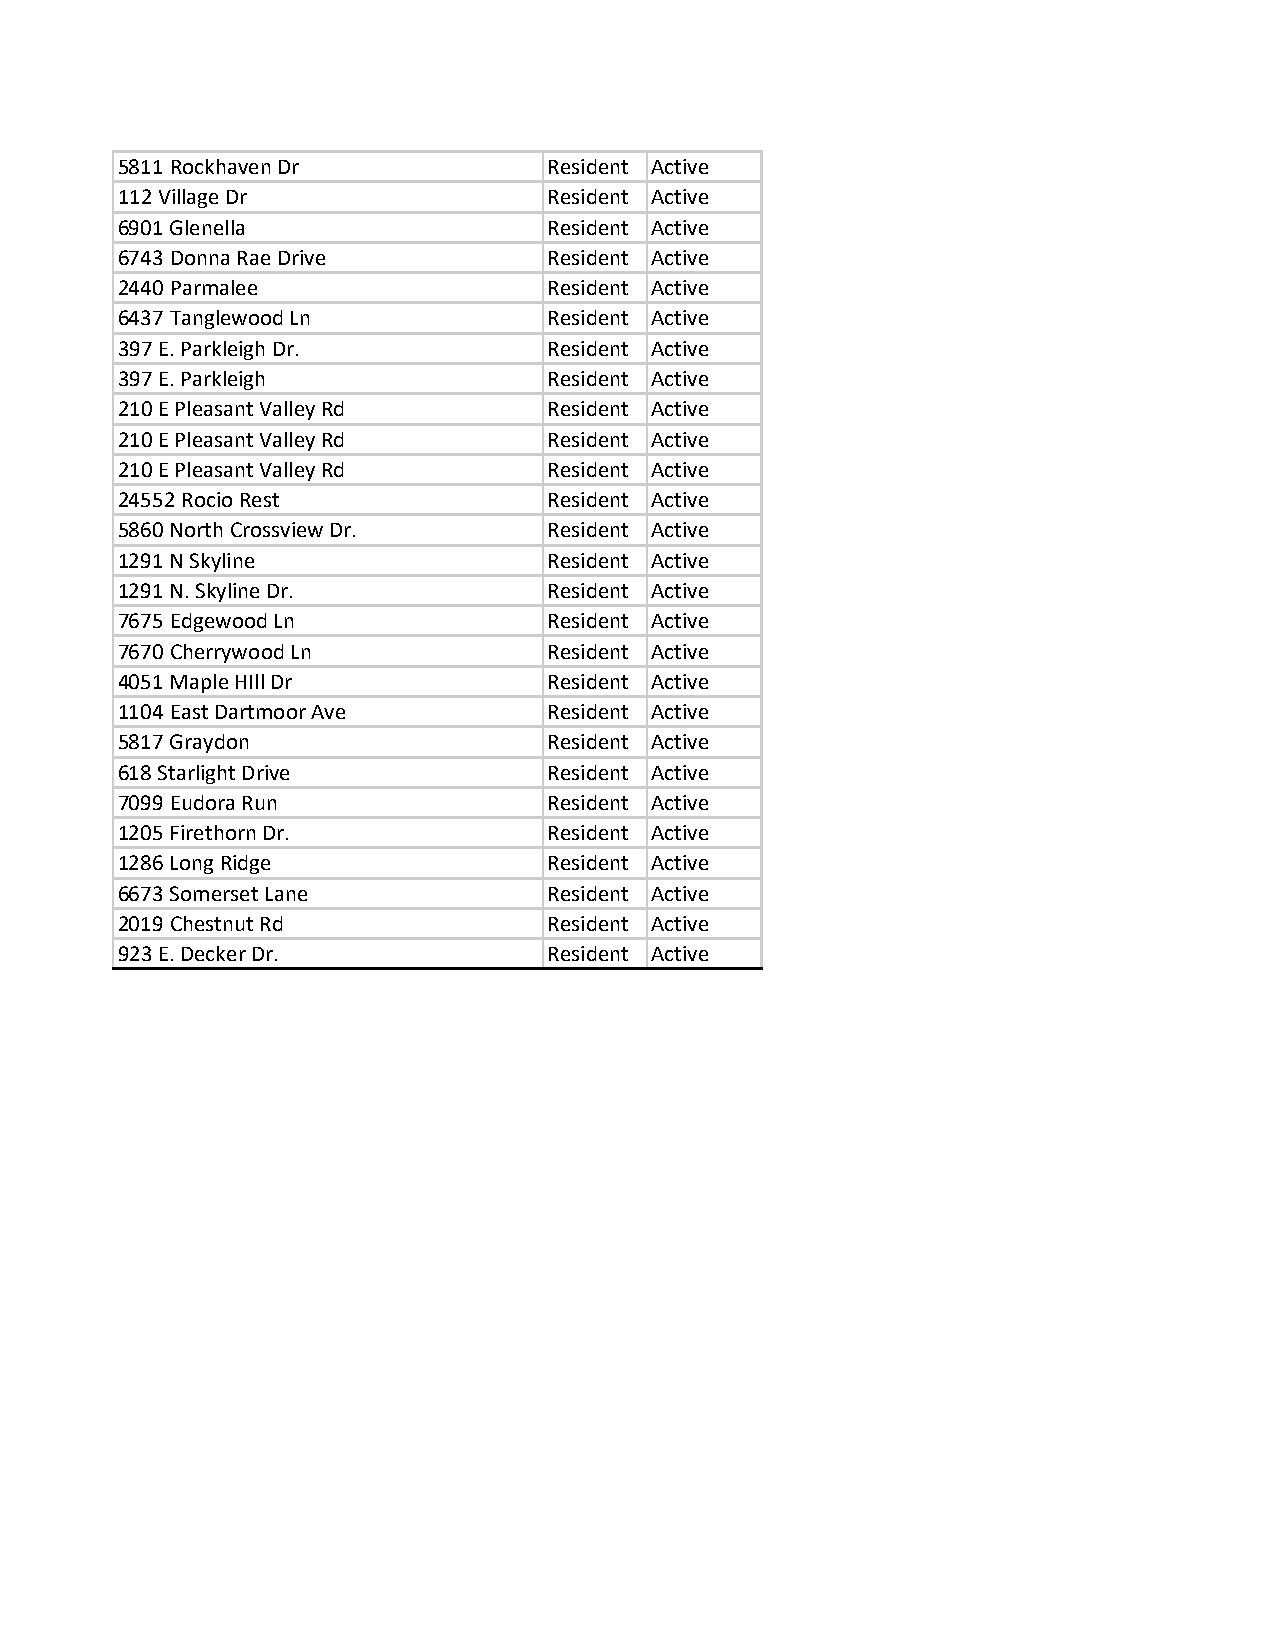
5811 Rockhaven Dr           Resident Active
 112 Village Dr              Resident Active
 6901 Glenella               Resident Active
 6743 Donna Rae Drive        Resident Active
 2440 Parmalee               Resident Active
 6437 Tanglewood Ln          Resident Active
 397 E. Parkleigh Dr.        Resident Active
 397 E. Parkleigh            Resident Active
 210 E Pleasant Valley Rd    Resident Active
 210 E Pleasant Valley Rd    Resident Active
 210 E Pleasant Valley Rd    Resident Active
 24552 Rocio Rest            Resident Active
 5860 North Crossview Dr.    Resident Active
 1291 N Skyline              Resident Active
 1291 N. Skyline Dr.         Resident Active
 7675 Edgewood Ln            Resident Active
 7670 Cherrywood Ln          Resident Active
 4051 Maple HIll Dr          Resident Active
 1104 East Dartmoor Ave      Resident Active
 5817 Graydon                Resident Active
 618 Starlight Drive         Resident Active
 7099 Eudora Run             Resident Active
 1205 Firethorn Dr.          Resident Active
 1286 Long Ridge             Resident Active
 6673 Somerset Lane          Resident Active
 2019 Chestnut Rd            Resident Active
 923 E. Decker Dr.           Resident Active